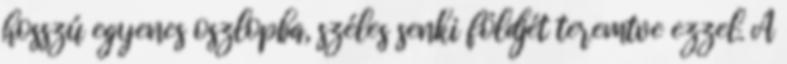
hosszú egyenes oszlopba, széles senki földjét teremtve ezzel. A